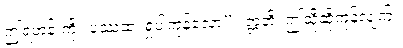
ဤရဟန်းကို။ ပဿထ၊ ရှုပါကုန်လော့”။ ဣတိ၊ ဤသို့ဆိုကုန်လျက်။